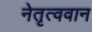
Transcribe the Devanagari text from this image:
नेतृत्ववान